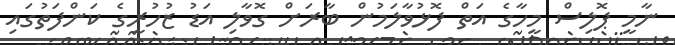
ނާމީ ޕޮލިސް މީހާގެ އަތް ފޮޅުވާލަމުން ބާރަށް ގޮވާލި އަޑު ޒުހުރީގެ ކަންފަތުގައި